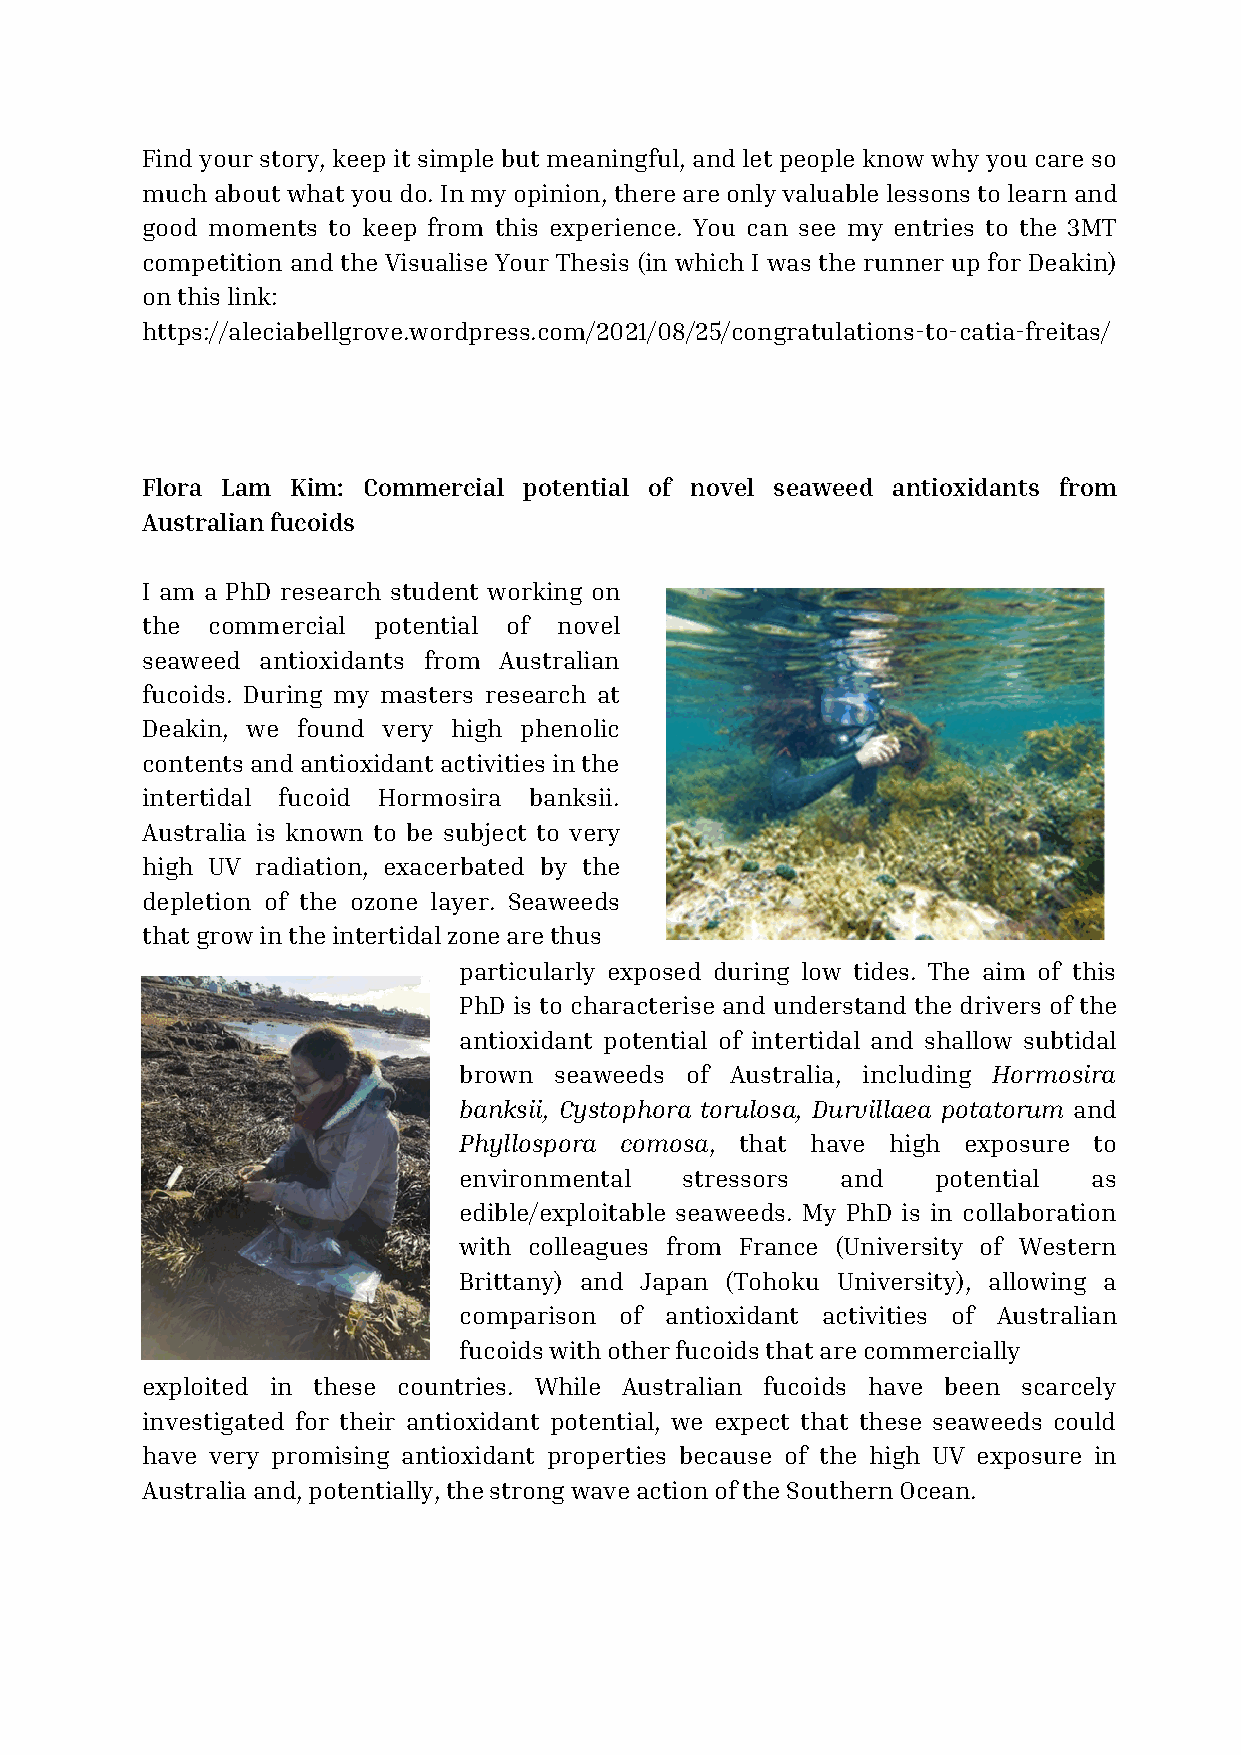
Find your story, keep it simple but meaningful, and let people know why you care so
 much about what you do. In my opinion, there are only valuable lessons to learn and
 good moments to keep from this experience. You can see my entries to the 3MT
 competition and the Visualise Your Thesis (in which I was the runner up for Deakin)
 on this link:
 https://aleciabellgrove.wordpress.com/2021/08/25/congratulations-to-catia-freitas/
 Flora Lam Kim: Commercial potential of novel seaweed antioxidants from
 Australian fucoids
 I am a PhD research student working on
 the  commercial potential of novel
 seaweed antioxidants from Australian
 fucoids. During my masters research at
 Deakin, we found very high phenolic
 contents and antioxidant activities in the
 intertidal fucoid Hormosira banksii.
 Australia is known to be subject to very
 high UV radiation, exacerbated by the
 depletion of the ozone layer. Seaweeds
 that grow in the intertidal zone are thus
 particularly exposed during low tides. The aim of this
 PhD is to characterise and understand the drivers of the
 antioxidant potential of intertidal and shallow subtidal
 brown  seaweeds of Australia, including Hormosira
 banksii, Cystophora torulosa, Durvillaea potatorum and
 Phyllospora comosa, that have high exposure to
 environmental  stressors  and   potential as
 edible/exploitable seaweeds. My PhD is in collaboration
 with colleagues from France (University of Western
 Brittany) and Japan (Tohoku University), allowing a
 comparison of antioxidant activities of Australian
 fucoids with other fucoids that are commercially
 exploited in these countries. While Australian fucoids have been scarcely
 investigated for their antioxidant potential, we expect that these seaweeds could
 have very promising antioxidant properties because of the high UV exposure in
 Australia and, potentially, the strong wave action of the Southern Ocean.